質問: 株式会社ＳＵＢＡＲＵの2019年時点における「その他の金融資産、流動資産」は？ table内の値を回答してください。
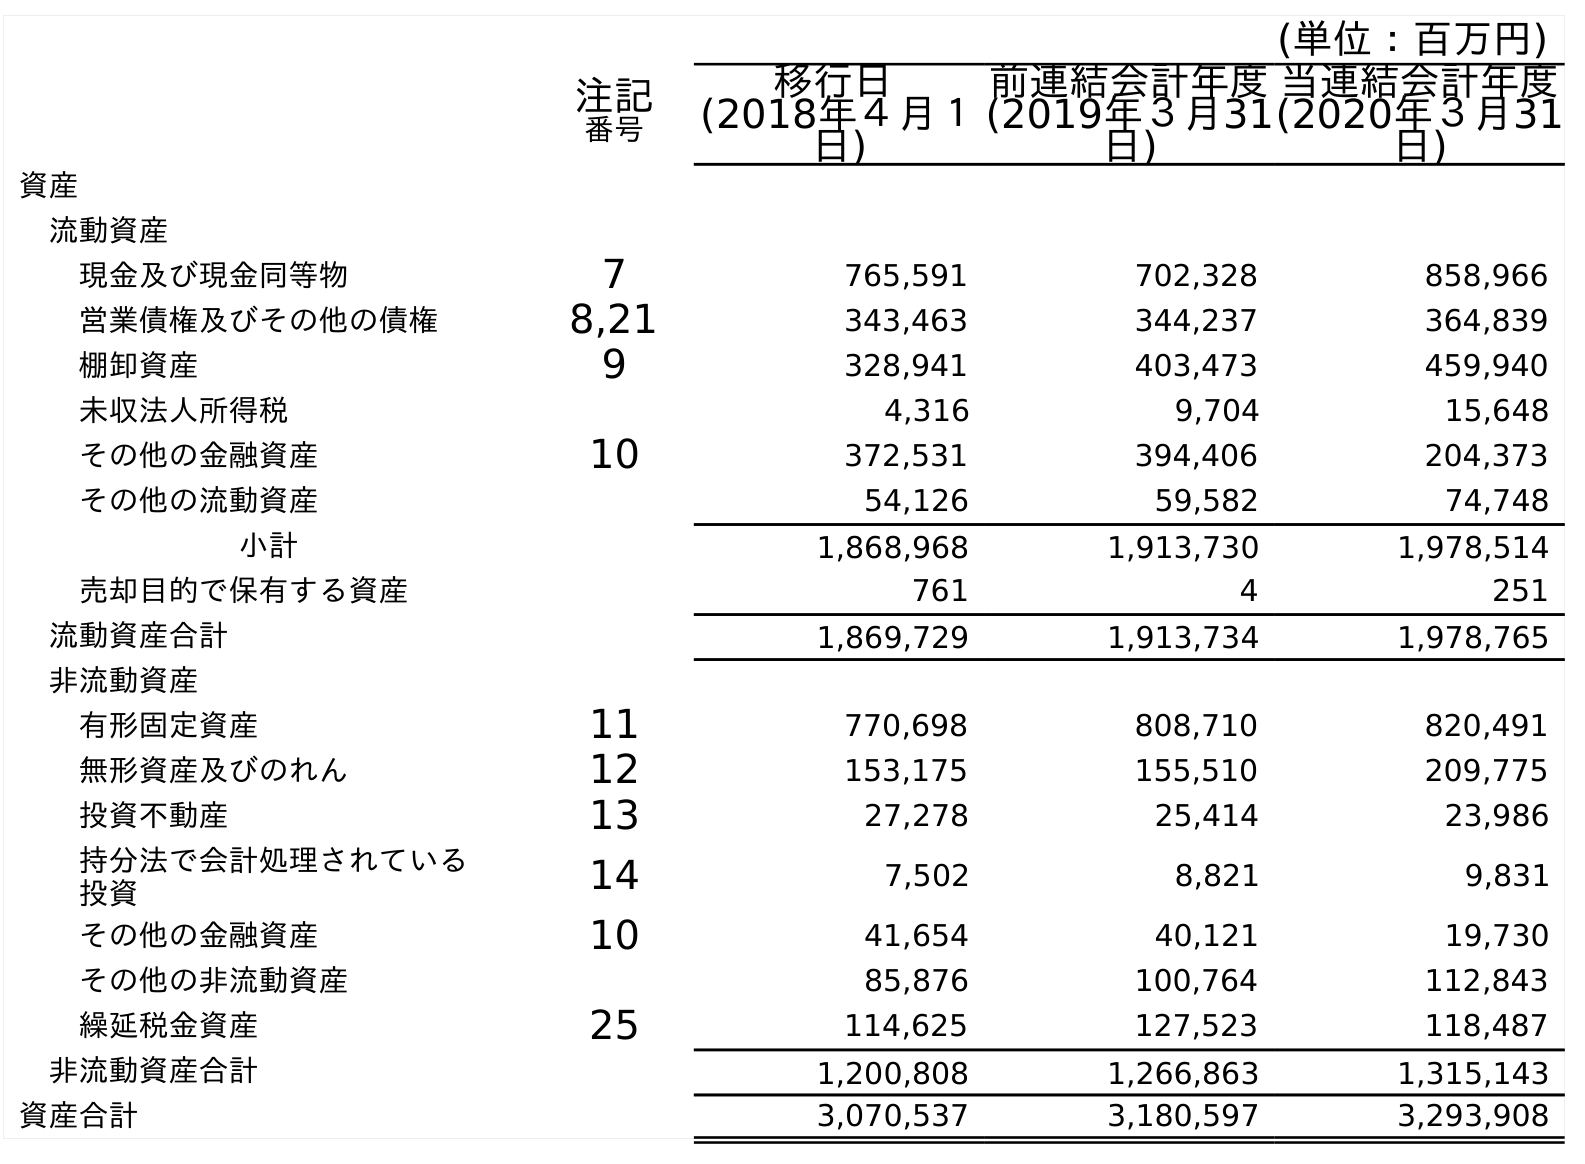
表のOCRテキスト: (単位：百万円) 注記 番号 移行日 (2018年４月１ 日) 前連結会計年度 (2019年３月31 日) 当連結会計年度 (2020年３月31 日) 資産 流動資産 現金及び現金同等物 7 765,591 702,328 858,966 営業債権及びその他の債権 8,21 343,463 344,237 364,839 棚卸資産 9 328,941 403,473 459,940 未収法人所得税 4,316 9,704 15,648 その他の金融資産 10 372,531 394,406 204,373 その他の流動資産 54,126 59,582 74,748 小計 1,868,968 1,913,730 1,978,514 売却目的で保有する資産 761 4 251 流動資産合計 1,869,729 1,913,734 1,978,765 非流動資産 有形固定資産 11 770,698 808,710 820,491 無形資産及びのれん 12 153,175 155,510 209,775 投資不動産 13 27,278 25,414 23,986 持分法で会計処理されている 投資 14 7,502 8,821 9,831 その他の金融資産 10 41,654 40,121 19,730 その他の非流動資産 85,876 100,764 112,843 繰延税金資産 25 114,625 127,523 118,487 非流動資産合計 1,200,808 1,266,863 1,315,143 資産合計 3,070,537 3,180,597 3,293,908
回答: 394,406